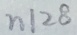
n \vert 2 8